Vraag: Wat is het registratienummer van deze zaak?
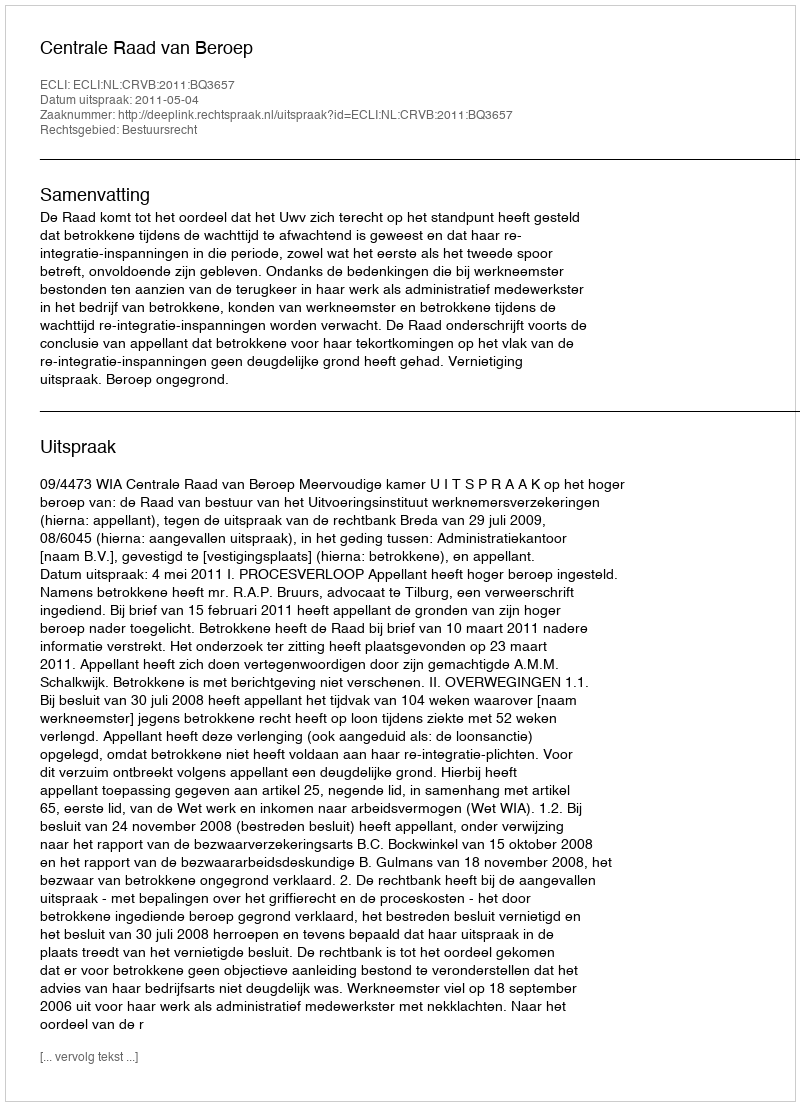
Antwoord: http://deeplink.rechtspraak.nl/uitspraak?id=ECLI:NL:CRVB:2011:BQ3657